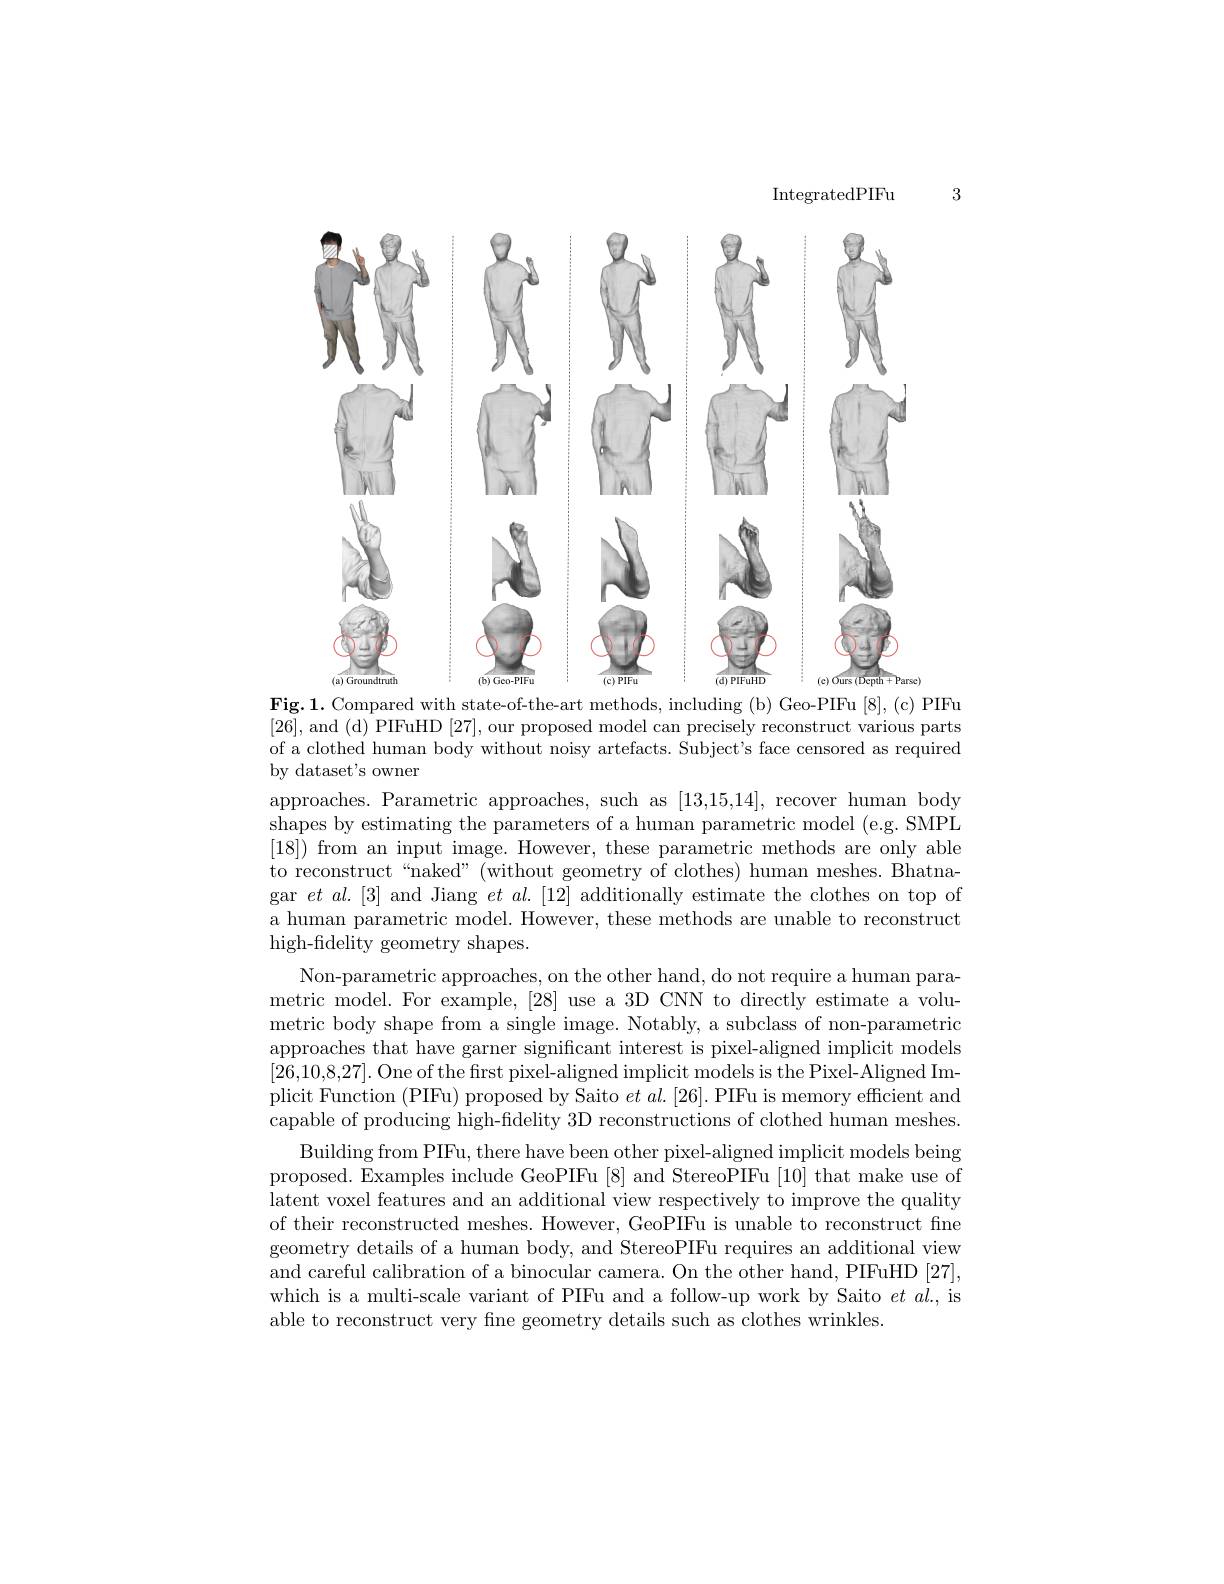
3

IntegratedPIFu

<FigureHere>
(a)
Fig.1. Compared with state-of-the-art methods, including (b) Geo-PIFu[8],(c) PIFu

[26], and (d) PIFuHD [27], our proposed model can precisely reconstruct various parts of a clothed human body without noisy artefacts. Subject's face censored as required

by dataset's owner
approaches. Parametric approaches, such as [13,15,14], recover human body shapes by estimating the parameters of a human parametric model (e.g. SMPL [18]) from an input image. However, these parametric methods are only able to reconstruct“naked”(without geometry of clothes) human meshes. Bhatnagar $et$ al.[3] and Jiang $et\textit{al. [ 12] additionally estimate the clothes on top of}$ a human parametric model. However, these methods are unable to reconstruct high-fidelity geometry shapes.
Non-parametric approaches, on the other hand, do not require a human parametric model. For example, [28] use a 3D CNN to directly estimate a volumetric body shape from a single image. Notably, a subclass of non-parametric approaches that have garner significant interest is pixel-aligned implicit models [26,10,8,27]. One of the first pixel-aligned implicit models is the Pixel-Aligned Implicit Function (PIFu) proposed by Saito $et\textit{al. [ 26] . PIFu is memory efficient and}$ capable of producing high-fidelity 3D reconstructions of clothed human meshes.
Building from PIFu, there have been other pixel-aligned implicit models being proposed. Examples include GeoPIFu [8] and StereoPIFu [10] that make use of latent voxel features and an additional view respectively to improve the quality of their reconstructed meshes. However, GeoPIFu is unable to reconstruct fine geometry details of a human body, and StereoPIFu requires an additional view and careful calibration of a binocular camera. On the other hand, PIFuHD [27], which is a multi-scale variant of PIFu and a follow-up work by Saito $et$ $al.$, is able to reconstruct very fine geometry details such as clothes wrinkles.